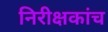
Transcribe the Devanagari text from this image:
निरीक्षकांच